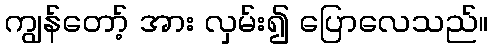
ကျွန်တော့် အား လှမ်း၍ ပြောလေသည်။